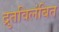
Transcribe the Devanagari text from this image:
द्रुतविलंबित